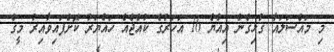
މި މައްސަލައާ ގުޅިގެން އިއްޔެ 16 އަހަރުގެ ކުއްޖެއް ހައްޔަރު ކޮށްފައިވާއިރު މީގެ